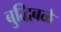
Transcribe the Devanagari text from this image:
बुद्धिबळे